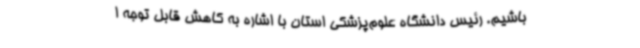
باشیم. رئیس دانشگاه علوم‌پزشکی استان با اشاره به کاهش قابل توجه ا